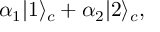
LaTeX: \alpha _ { 1 } | 1 \rangle _ { c } + \alpha _ { 2 } | 2 \rangle _ { c } ,